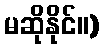
မဆိုနိုင်။)